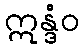
ဣန္ဒံဝ